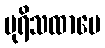
ပုရိသထာမေ